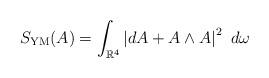
LaTeX: \begin{align*} S_{{\rm YM}}(A) = \int_{\mathbb{R}^4} \left|dA + A \wedge A \right|^2\ d\omega \end{align*}